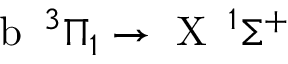
\textrm { b } \, ^ { 3 } \Pi _ { 1 } \rightarrow \textrm { X } \, ^ { 1 } \Sigma ^ { + }